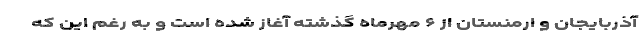
آذربایجان و ارمنستان از ۶ مهرماه گذشته آغاز شده است و به رغم این که